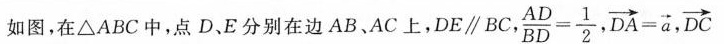
如图，在△ABC中，点D、E分别在边AB、AC上，DE∥BC $$\frac{AD}{BD}= \frac{1}{2}$$ ， $$\overrightarrow{DA}= \overrightarrow{a}$$ ， $$\overrightarrow{DC}$ =6.